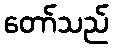
တော်သည်